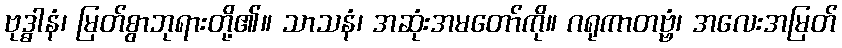
ဗုဒ္ဓါနံ၊ မြတ်စွာဘုရားတို့၏။ သာသနံ၊ အဆုံးအမတော်ကို။ ဂရုကာတဗ္ဗံ၊ အလေးအမြတ်